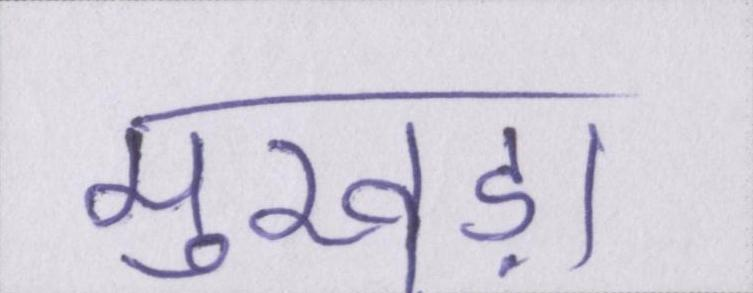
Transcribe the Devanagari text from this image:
मुखड़ा